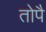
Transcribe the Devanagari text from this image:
तोपै